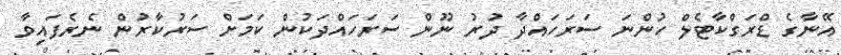
އޭނާގެ ޑްރަގްކާޓެލް ހުންނަ ސަރަހައްދާ ދުރު ނޫން ސަރަހައްދަކުން ކަމަށް ސަރުކާރުން ނެރެފައިވާ